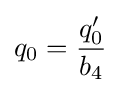
q_{0}={\dfrac {q_{0}'}{b_{4}}}